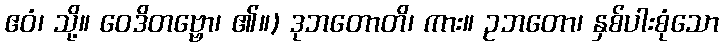
ဧဝံ၊ သို့။ ဝေဒိတဗ္ဗော၊ ၏။) ဒုဘတောတိ၊ ကား။ ဥဘတော၊ နှစ်ပါးစုံသော